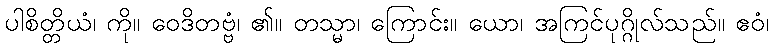
ပါစိတ္တိယံ၊ ကို။ ဝေဒိတဗ္ဗံ၊ ၏။ တသ္မာ၊ ကြောင်း။ ယော၊ အကြင်ပုဂ္ဂိုလ်သည်။ ဧဝံ၊